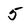
Character: 5